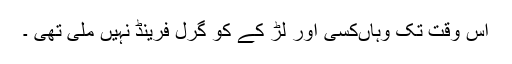
اس وقت تک وہاںکسی اور لڑ کے کو گرل فرینڈ نہیں ملی تھی ۔